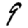
Digit: 9